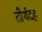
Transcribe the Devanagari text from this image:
तीर्थदह